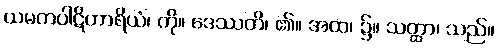
ယမကပါဋိဟာရိယံ၊ ကို။ ဒေဿတိ၊ ၏။ အထ၊ ၌။ သတ္ထာ၊ သည်။